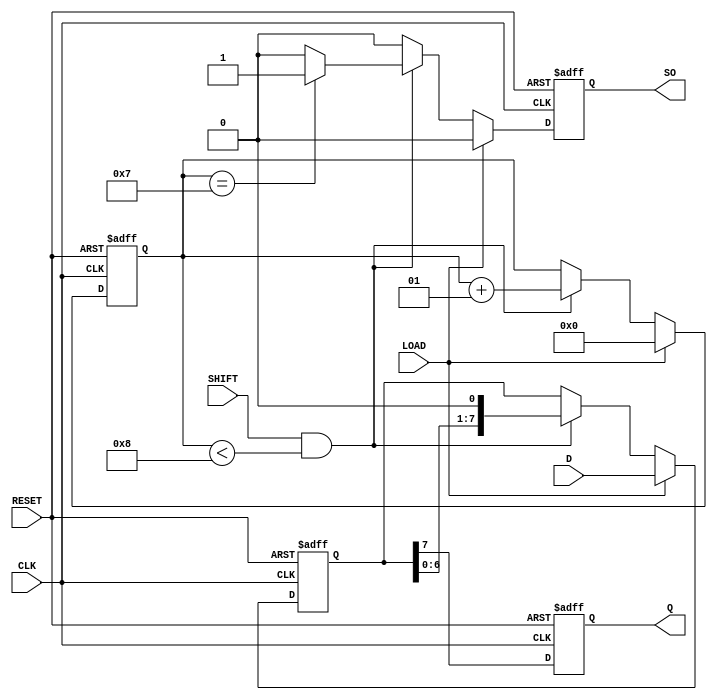
module piso_register #(
    parameter WIDTH = 8  // Specify the width of the register
)(
    input wire [WIDTH-1:0] D,      // Parallel data inputs
    input wire LOAD,                // Load control signal
    input wire SHIFT,               // Shift control signal
    input wire CLK,                 // Clock signal
    input wire RESET,               // Asynchronous reset signal
    output reg Q,                   // Serial output
    output reg SO                   // Shifted Out Indicator
);

    reg [WIDTH-1:0] shift_reg;      // Internal shift register
    integer shift_count;             // Counter for the number of shifts

    // Asynchronous reset and load
    always @(posedge CLK or posedge RESET) begin
        if (RESET) begin
            shift_reg <= {WIDTH{1'b0}}; // Clear register
            Q <= 1'b0;                 // Clear serial output
            SO <= 1'b0;                // Clear shifted out indicator
            shift_count <= 0;          // Reset shift count
        end else if (LOAD) begin
            shift_reg <= D;            // Load data asynchronously
            Q <= shift_reg[WIDTH-1];   // Set output to the MSB
            SO <= 1'b0;                // Clear shifted out indicator
            shift_count <= 0;          // Reset shift count
        end else if (SHIFT && shift_count < WIDTH) begin
            Q <= shift_reg[WIDTH-1];   // Output the MSB
            shift_reg <= shift_reg << 1; // Shift left
            shift_count <= shift_count + 1; // Increment shift count
            SO <= (shift_count == WIDTH - 1) ? 1'b1 : 1'b0; // Set SO when last bit shifts out
        end else begin
            Q <= shift_reg[WIDTH-1];   // Maintain output when not shifting
            SO <= 1'b0;                // Keep SO as is
        end
    end

endmodule